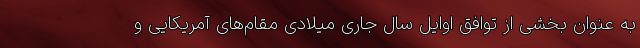
به عنوان بخشی از توافق اوایل سال جاری میلادی مقام‌های آمریکایی و